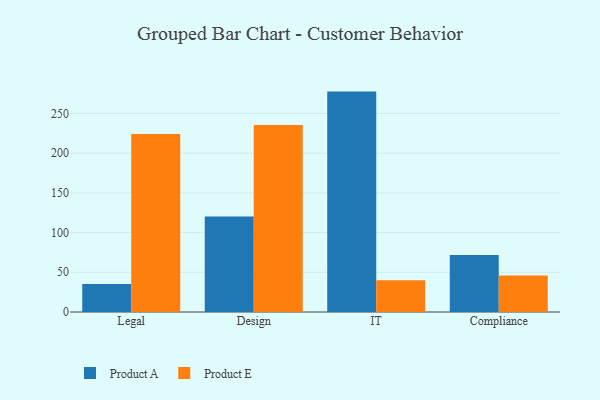
{"axis": {"x": "Department", "y": "Page Views"}, "legend": ["Product A", "Product E"], "data": [{"x": "Legal", "y": 35.4, "type": "Product A"}, {"x": "Legal", "y": 224.1, "type": "Product E"}, {"x": "Design", "y": 120.3, "type": "Product A"}, {"x": "Design", "y": 235.3, "type": "Product E"}, {"x": "IT", "y": 277.5, "type": "Product A"}, {"x": "IT", "y": 39.9, "type": "Product E"}, {"x": "Compliance", "y": 71.9, "type": "Product A"}, {"x": "Compliance", "y": 46.1, "type": "Product E"}]}